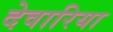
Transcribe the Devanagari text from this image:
देवारिया